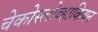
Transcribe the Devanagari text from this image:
चेकोस्लोव्हाकियन